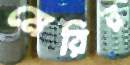
মেরির